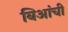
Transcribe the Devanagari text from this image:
बिआंची